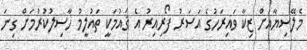
މެލޭސިޔާއަށް ޒިކާ ވައިރަހުގެ އަސަރު ފޯރިއިރު އެ ޤައުމަކީ ތައުލީމު ހާސިލުކުރުމަށް ގިނަ